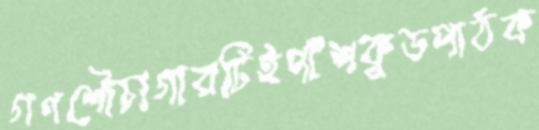
গণশৌচাগারটিইপাঁশকুড়পাঠক